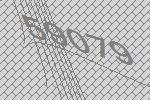
59079